Riigikantselei, lk 48
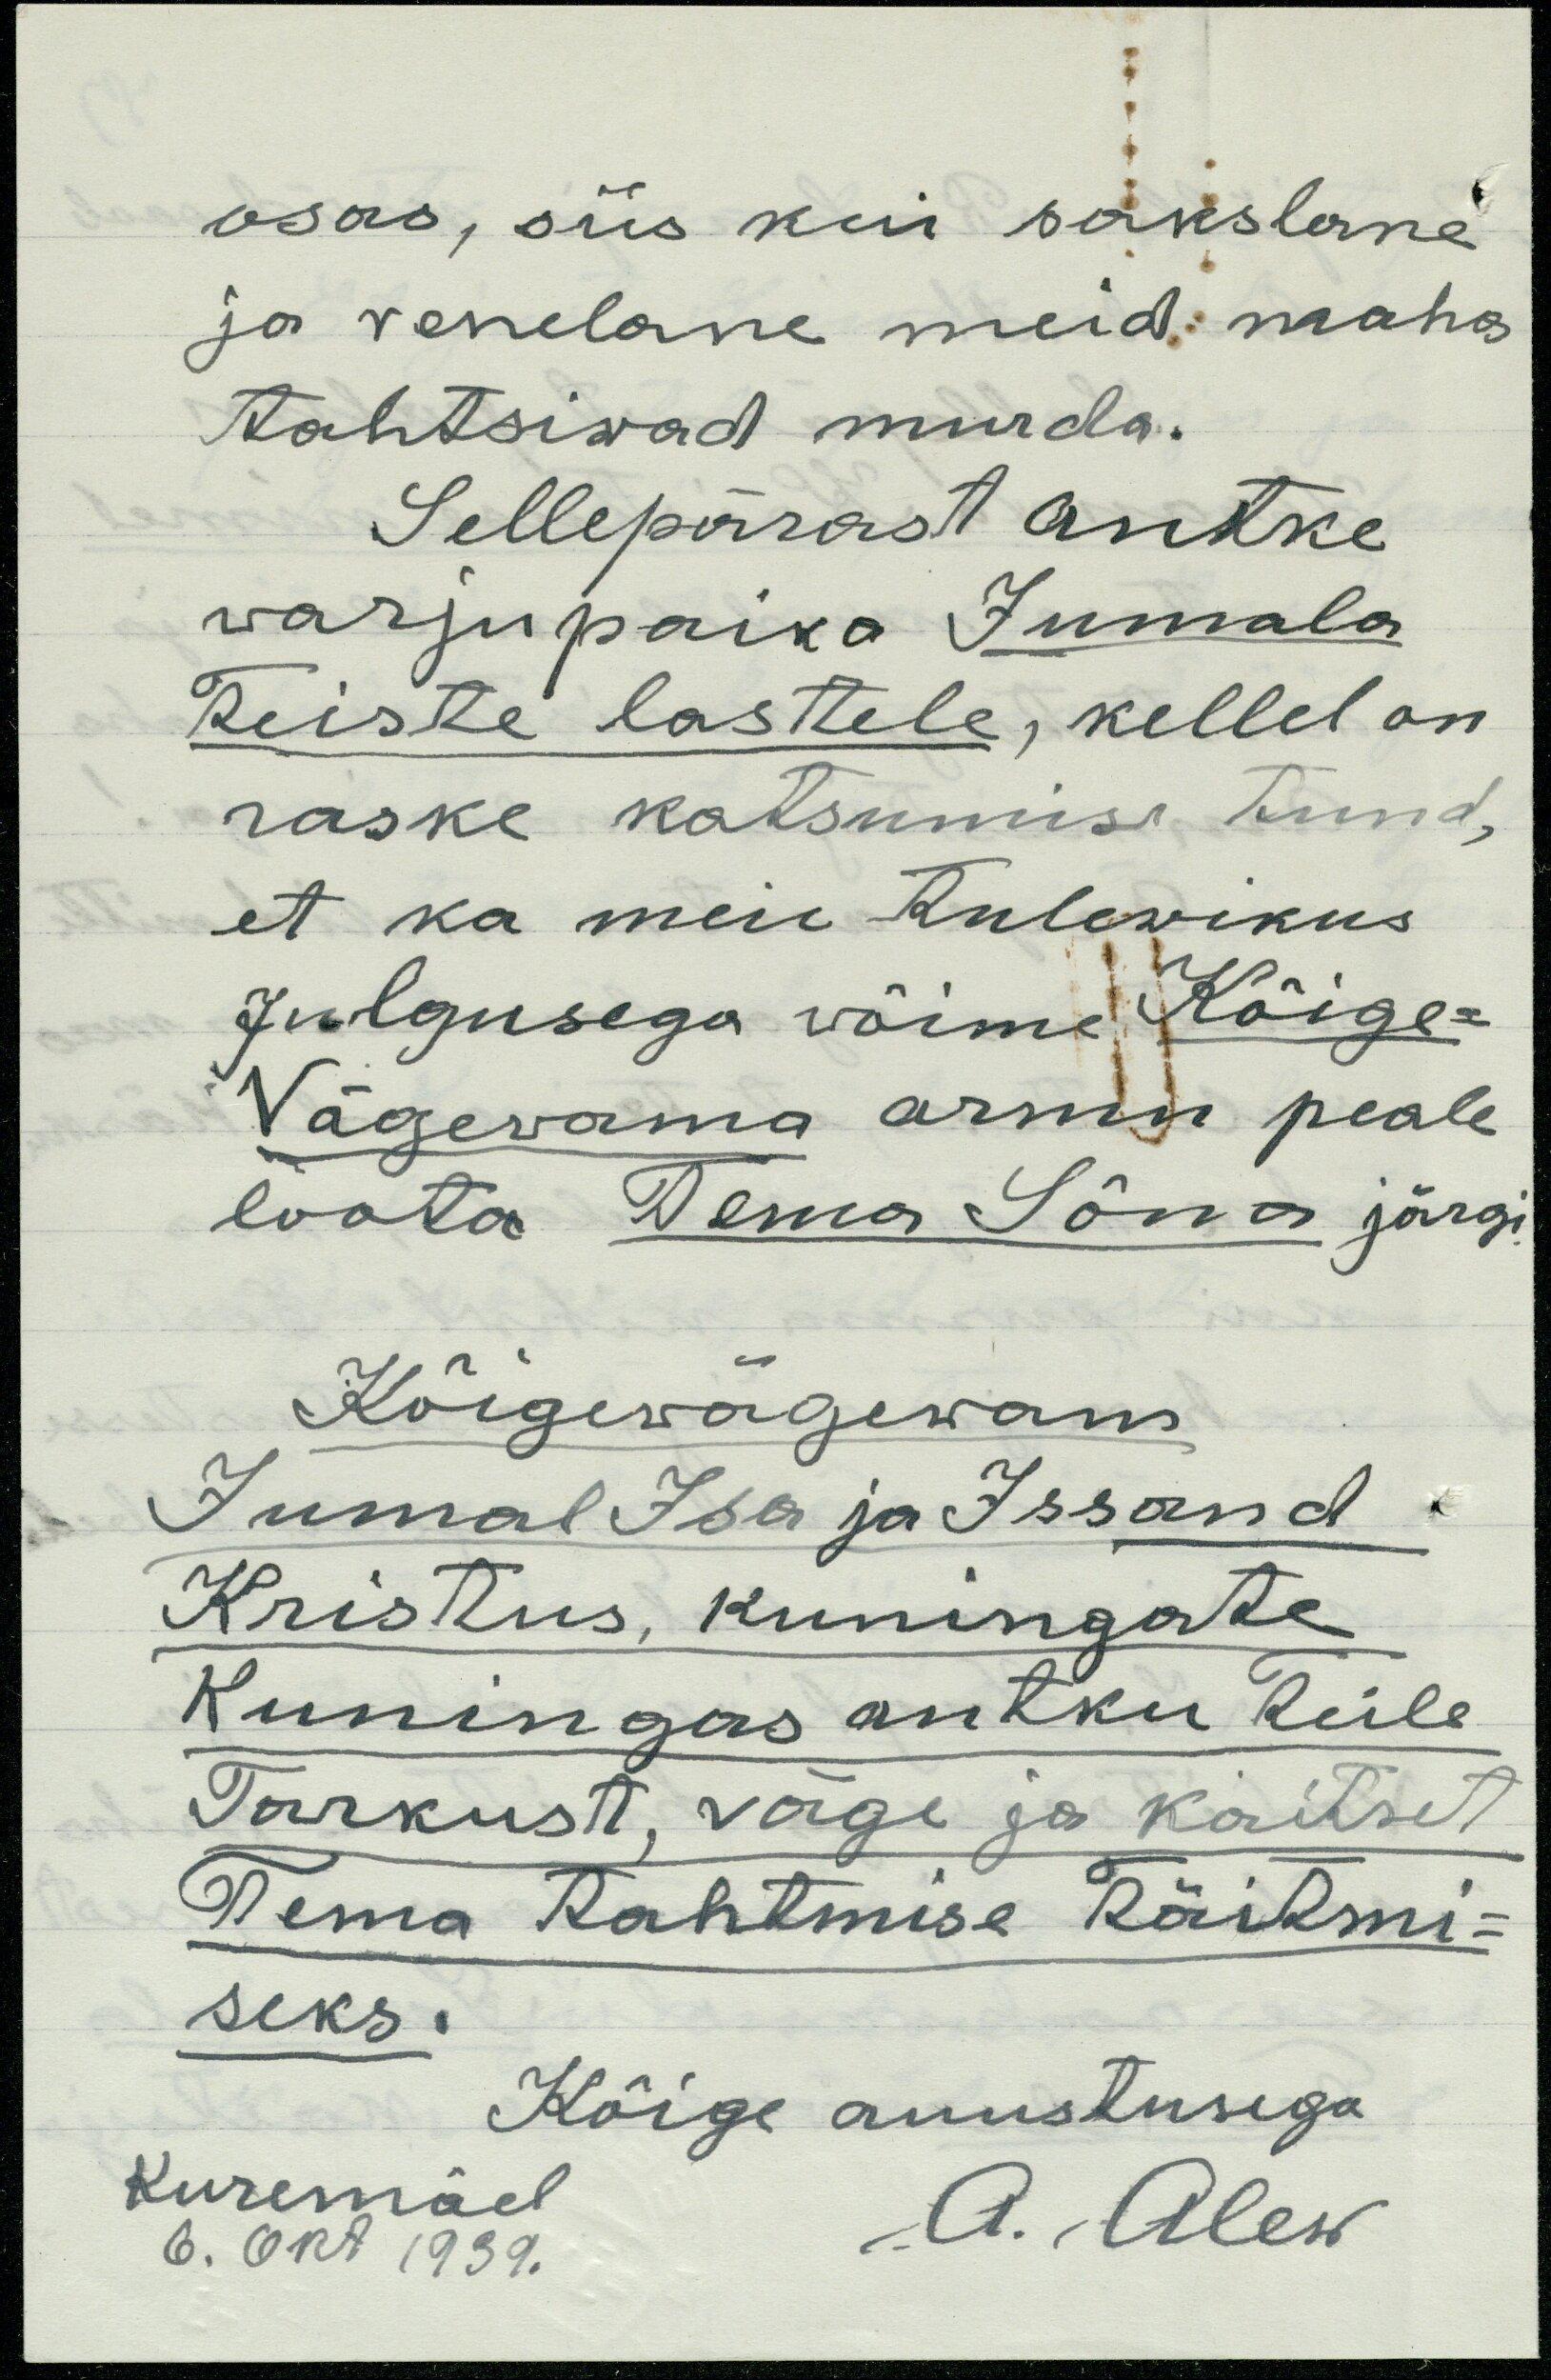
osas, siis kui sakslane
ja venelane meid maha
tahtsiwad murda.
Sellepärast antke
warjupaika Jumala
Teiste lastele, kellel on
raske katsumise tund,
et ka meie tulewikus
Julgusega võime Kõige-
Vägevama armu peale
loota Tema Sõna järgi,
Kõigewägewam
Jumal Isa ja Issand
Kristus, kuningate
kuningas antku teile
Tarkust, väge ja kaitset
Tema Tahtmise Täitmi-
seks.
Kõige auustusega
Kuremäel
6. okt 1939.
A. Alew